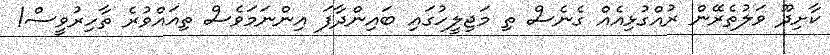
ކާށިދޫ ވަލުތެރޭން ރުއްގުޅިއެއް ގެނެސް ތި މަޖިލީހުގައި ބައިންދާފަ އިންނަމަވެސް ތިއައްވުރެ ތާހިރުވީސް!